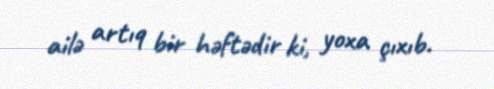
ailə artıq bir həftədir ki, yoxa çıxıb.